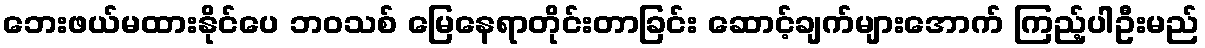
ဘေးဖယ်မထားနိုင်ပေ ဘဝသစ် မြေနေရာတိုင်းတာခြင်း ဆောင့်ချက်များအောက် ကြည့်ပါဦးမည်